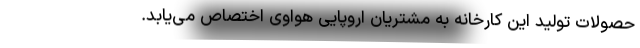
حصولات تولید این کارخانه به مشتریان اروپایی هواوی اختصاص می‌یابد.